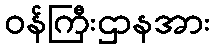
ဝန်ကြီးဌာနအား